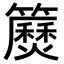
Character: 𥷅